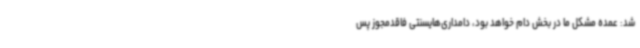
شد: عمده مشکل ما در بخش دام خواهد بود، دامداری‌هایسنتی فاقدمجوز پس